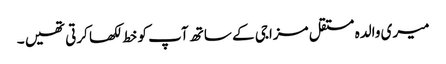
میری والدہ مستقل مزاجی کے ساتھ آپ کو خط لکھا کرتی تھیں ۔